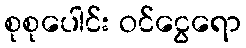
စုစုပေါင်း ဝင်ငွေရော